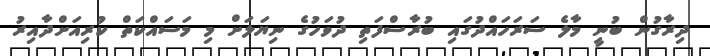
ދިރާގުން ބުނީ މާލެ ސަރަހައްދުގައި ބުރާސްފަތި ދުވަހުގެ ނިޔަލަށް މި މަސައްކަތް ކުރިއަށްދާއިރު